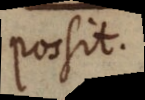
possit.